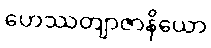
ဟေဿတျာဇာနိယော